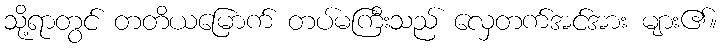
သို့ရာတွင် တတိယမြောက် တပ်မကြီးသည် လှေတက်အင်အား များ၏။